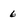
Character: 6